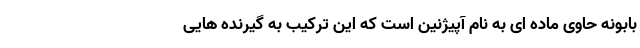
بابونه حاوی ماده ای به نام آپیژنین است که این ترکیب به گیرنده هایی